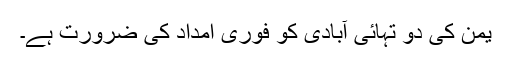
یمن کی دو تہائی آبادی کو فوری امداد کی ضرورت ہے۔